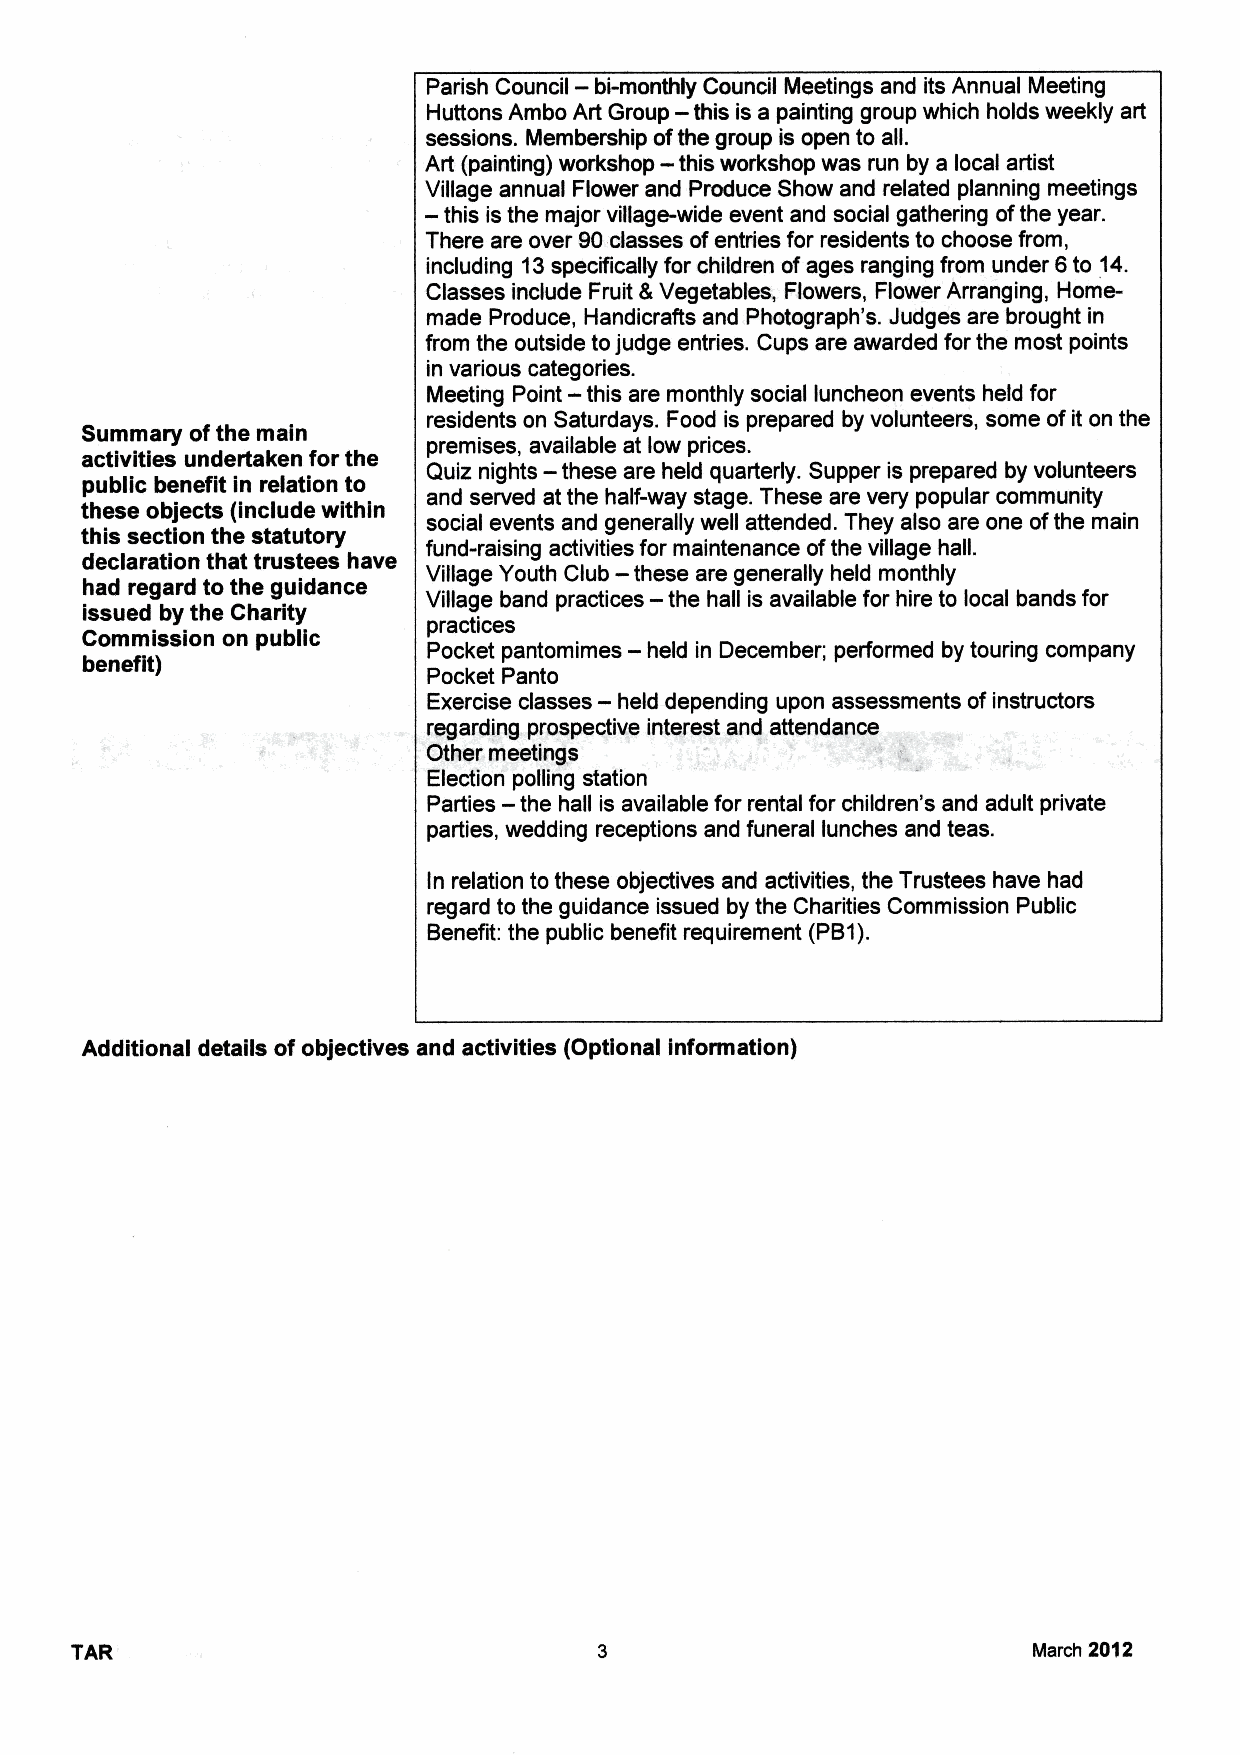
—
 Parish Council bi-monthly Council Meetings and its Annual Meeting
 —
 Huttons Ambo Art Group this is a painting group which holds weekly art
 sessions. Membership ofthe group is open to all.
 —
 Art (painting) workshop this workshop was run by a local artist
 Village annual Flower and Produce Show and related planning meetings
 —
 this is the major village-wide event and social gathering ofthe year.
 There are over 90classes ofentries for residents to choose from,
 including 13specifically for children ofages ranging from under 6to 14.
 Classes include Fruit 8 Vegetables, Flowers, Flower Arranging, Home-
 made Produce, Handicrafts and Photograph's. Judges are brought in
 from the outside tojudge entries. Cups are awarded for the most points
 in various categories.
 —
 Meeting Point this are monthly social luncheon events held for
 residents on Saturdays. Food is prepared by volunteers, some ofit on the
 Summary ofthe main
 premises, available at low prices.
 activities undertaken for the  —
 Quiz nights these are held quarterly. Supper is prepared by volunteers
 public benefit ln relation to
 and served at the half-way stage. These are very popular community
 these objects (include within
 social events and generally well attended. They also are one ofthe main
 this section the statutory
 fund-raising activities for maintenance ofthe village hall.
 declaration that trustees have      —
 Village Youth Club these are generally held monthly
 had regard to the guidance            —
 Village band practices the hall is available for hire to local bands for
 issued by the Charity
 practices
 Commission on public                 —
 Pocket pantomimes held in December; performed by touring company
 benefit)
 Pocket Panto
 —
 Exercise classes held depending upon assessments ofinstructors
 regarding prospective interest and attendance
 Other meetings
 Election polling station
 —
 Parties the hall is available for rental for children's and adult private
 parties, wedding receptions and funeral lunches and teas.
 In relation to these objectives and activities, the Trustees have had
 regard to the guidance issued by the Charities Commission Public
 Benefit: the public benefit requirement (PB1).
 Additional details of objectives and activities (Optional information)
 TAR                                                            March 2012